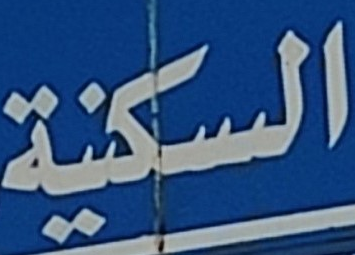
السكنية